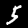
Label: 5